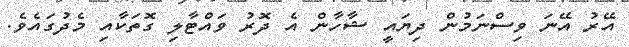
އޭރު އޭނަ ވިސްނަމުން ދިޔައީ ޝާހާން އެ ދޮރު ވައްޓާލި ގޮތަކާއި މެދުގައެވެ.